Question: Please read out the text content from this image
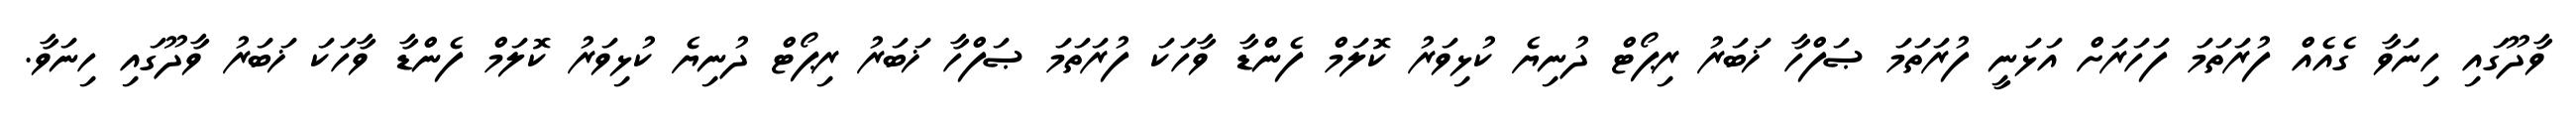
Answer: ވާދޫގައި ހިނަވާ ގެއެއް ފުރަތަމަ ފަހަރަށް އަޅަނީ ފުރަތަމަ ޞަފްހާ ޚަބަރު ރިޕޯޓް ދުނިޔެ ކުޅިވަރު ކޮލަމް ފެންޑާ ވާހަކަ ފުރަތަމަ ޞަފްހާ ޚަބަރު ރިޕޯޓް ދުނިޔެ ކުޅިވަރު ކޮލަމް ފެންޑާ ވާހަކަ ޚަބަރު ވާދޫގައި ހިނަވާ.